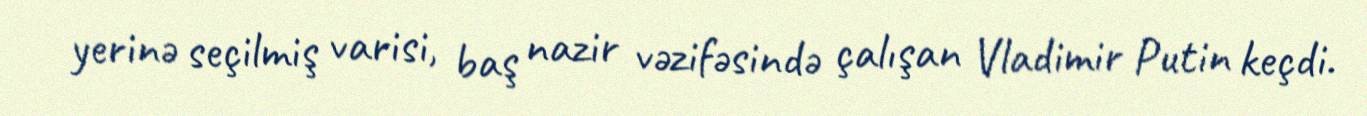
yerinə seçilmiş varisi, baş nazir vəzifəsində çalışan Vladimir Putin keçdi.